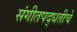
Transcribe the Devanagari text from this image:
संगीतपद्धतीचे